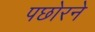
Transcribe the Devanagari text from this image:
पछोरने